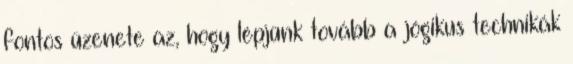
fontos üzenete az, hogy lépjünk tovább a jógikus technikák